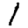
Digit: 1